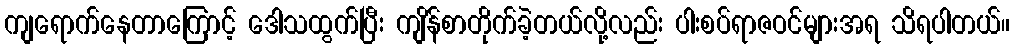
ကျရောက်နေတာကြောင့် ဒေါသထွက်ပြီး ကျိန်စာတိုက်ခဲ့တယ်လို့လည်း ပါးစပ်ရာဇဝင်များအရ သိရပါတယ်။